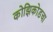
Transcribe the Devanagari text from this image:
कोझिकोडचा